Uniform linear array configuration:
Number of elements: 12
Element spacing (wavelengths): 1
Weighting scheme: kaiser
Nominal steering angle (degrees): -30
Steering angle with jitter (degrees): -29.483
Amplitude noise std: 0.05
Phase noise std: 0.05

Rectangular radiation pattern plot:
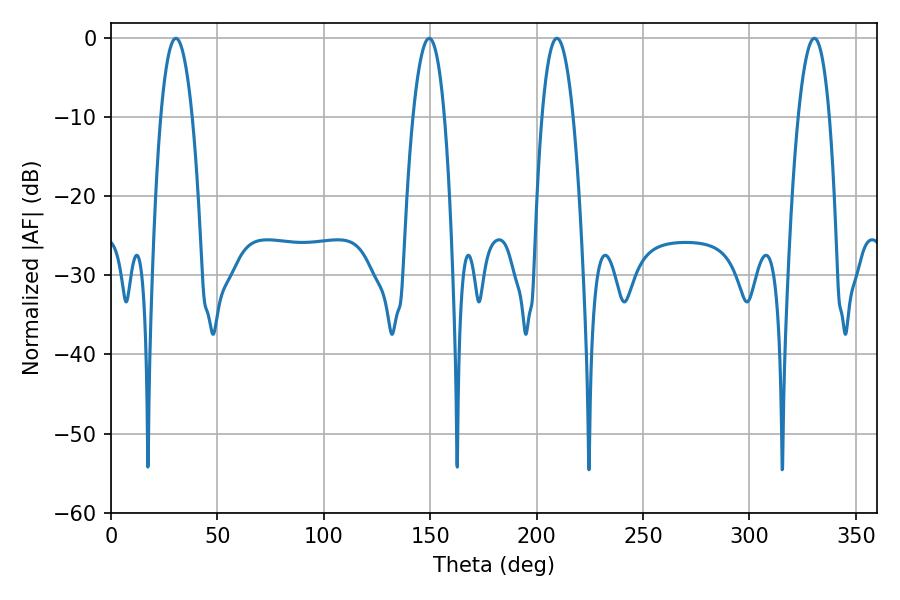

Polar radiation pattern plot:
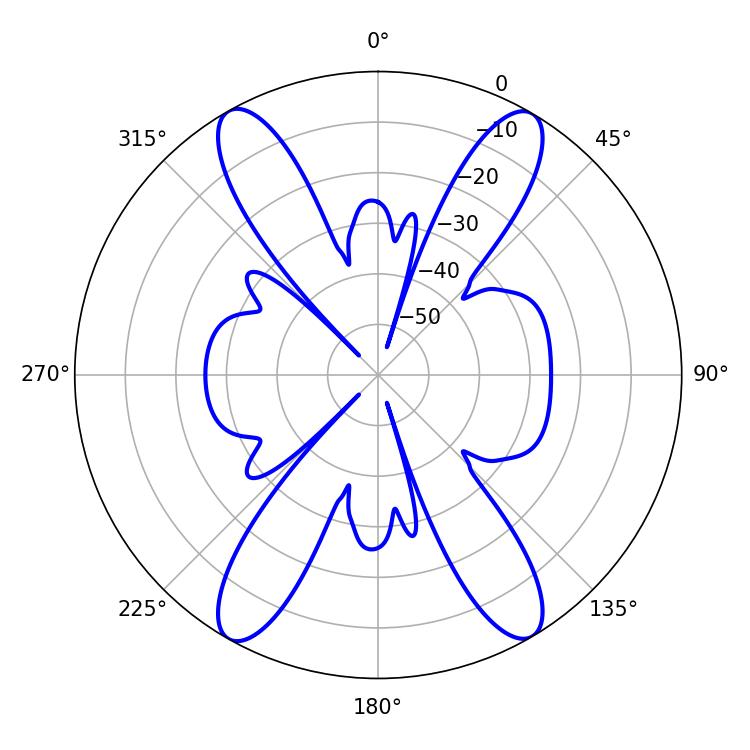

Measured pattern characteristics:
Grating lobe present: TRUE
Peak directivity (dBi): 24.908
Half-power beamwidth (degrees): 8.1
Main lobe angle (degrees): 209.52